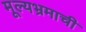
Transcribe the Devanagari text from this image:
मूल्यभ्रमाची